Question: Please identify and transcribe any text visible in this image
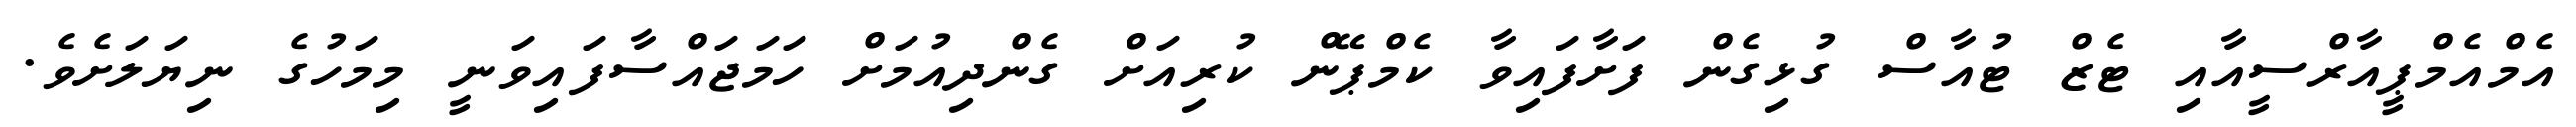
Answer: އެމްއެމްޕީއާރްސީއާއި ޓެޒް ޓުއާސް ގުޅިގެން ފަށާފައިވާ ކެމްޕޭން ކުރިއަށް ގެންދިއުމަށް ހަމަޖައްސާފައިވަނީ މިމަހުގެ ނިޔަލަށެވެ.